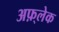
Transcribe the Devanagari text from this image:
अफ़्लेक